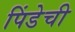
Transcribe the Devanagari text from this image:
पिंडेची